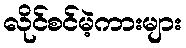
လိုင်စင်မဲ့ကားများ